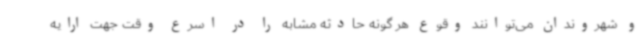
و شهروندان می‌توانند وقوع هر گونه حادثه مشابه را در اسرع وقت جهت ارایه